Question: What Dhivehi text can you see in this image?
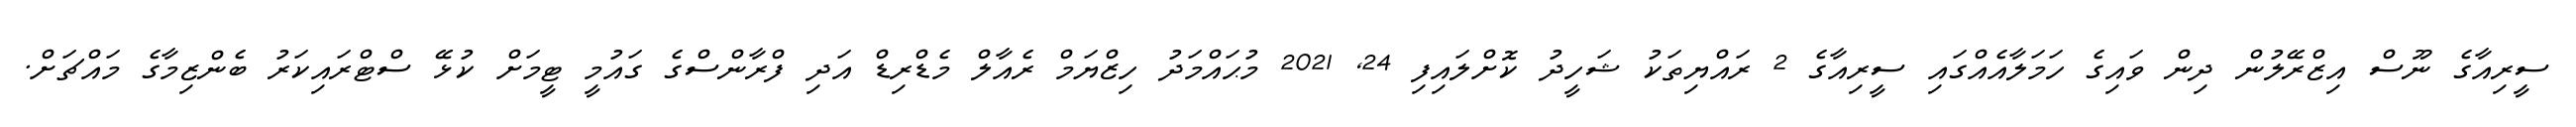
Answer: ސީރިއާގެ ނޫސް އިޒްރޭލުން ދިން ވައިގެ ހަމަލާއެއްގައި ސީރިއާގެ 2 ރައްޔިތަކު ޝަހީދު ކޮށްލައިފި 24, 2021 މުޙައްމަދު ހިޒްޔަމް ރެއާލް މެޑްރިޑް އަދި ފްރާންސްގެ ގައުމީ ޓީމަށް ކުޅޭ ސްޓްރައިކަރު ބެންޒިމާގެ މައްޗަށް.